Serum-therapy of plague in India - Number 20
Disease focus: Plague
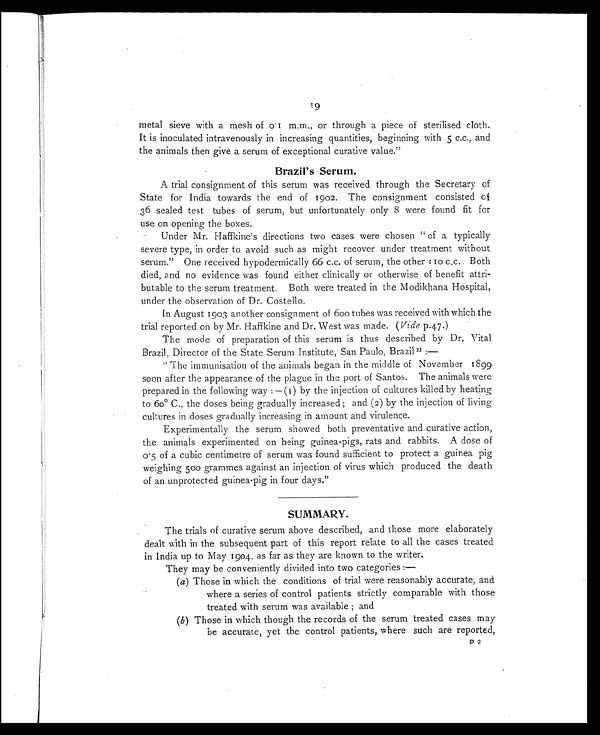
19
metal sieve with a mesh of 0.1 m.m., or through a piece of sterilised cloth.
It is inoculated intravenously in increasing quantities, beginning with 5 c.c., and
the animals then give a serum of exceptional curative value."
Brazil's Serum.
A trial consignment of this serum was received through the Secretary of
State for India towards the end of 1902. The consignment consisted of
36 sealed test tubes of serum, but unfortunately only 8 were found fit for
use on opening the boxes.
Under Mr. Haffkine's directions two cases were chosen " of a typically
severe type, in order to avoid such as might recover under treatment without
serum." One received hypodermically 66 c.c. of serum, the other t 10 c.c. Both
died, and no evidence was found either clinically or otherwise of benefit attri-
butable to the serum treatment. Both were treated in the Modikhana Hospital,
under the observation of Dr. Costello.
In August 1903 another consignment of 600 tubes was received with which the
trial reported on by Mr. Haffkine and Dr. West was made. ( Vide p.47.)
The mode of preparation of this serum is thus described by Dr. Vital
Brazil, Director of the State Serum Institute, San Paulo, Brazil33
:—
" The immunisation of the animals began in the middle of November 1899
soon after the appearance of the plague in the port of Santos. The animals were
prepared in the following way : — (1) by the injection of cultures killed by heating
to 60° C., the doses being gradually increased ; and (2) by the injection of living
cultures in doses gradually increasing in amount and virulence.
Experimentally the serum showed both preventative and curative action,
the animals experimented on being guinea-pigs, rats and rabbits. A dose of
0.5 of a cubic centimetre of serum was found sufficient to protect a guinea pig
weighing 500 grammes against an injection of virus which produced the death
of an unprotected guinea-pig in four days."
SUMMARY.
The trials of curative serum above described, and those more elaborately
dealt with in the subsequent part of this report relate to all the cases treated
in India up to May 1904, as far as they are known to the writer.
They may be conveniently divided into two categories :—
(a) Those in which the conditions of trial were reasonably accurate, and
where a series of control patients strictly comparable with those
treated with serum was available ; and
(b) Those in which though the records of the serum treated cases may
be accurate, yet the control patients, where such are reported,
D 2